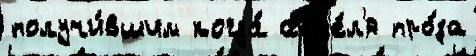
получи́вшим когда́ апр'е́л'я про́за